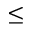
\leq